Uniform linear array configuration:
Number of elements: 48
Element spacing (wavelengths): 1
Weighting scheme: uniform
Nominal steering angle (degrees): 60
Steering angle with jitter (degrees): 58.803
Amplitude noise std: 0.05
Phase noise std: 0.05

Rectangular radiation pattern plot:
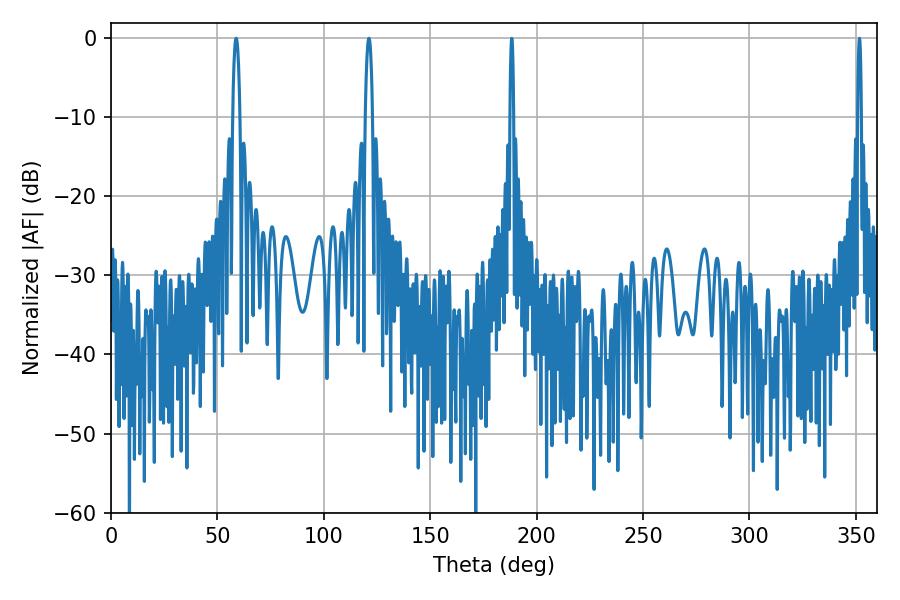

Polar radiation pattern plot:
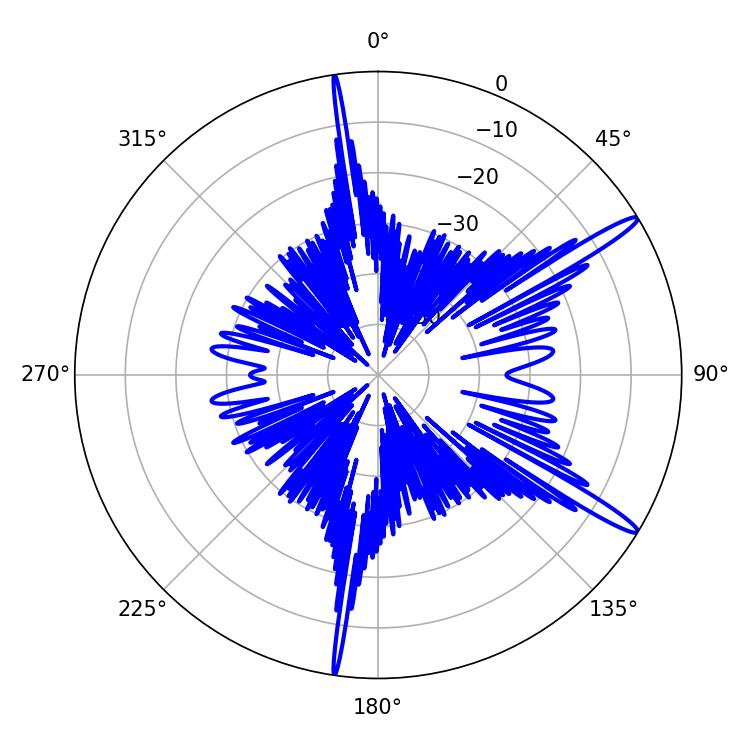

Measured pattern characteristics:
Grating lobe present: TRUE
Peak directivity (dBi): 15.057
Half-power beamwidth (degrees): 1.8
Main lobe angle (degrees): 58.86